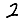
Digit: 2